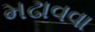
મઢાવવા